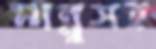
পান্নুসহ